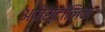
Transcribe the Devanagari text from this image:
अपोस्टॉलिक